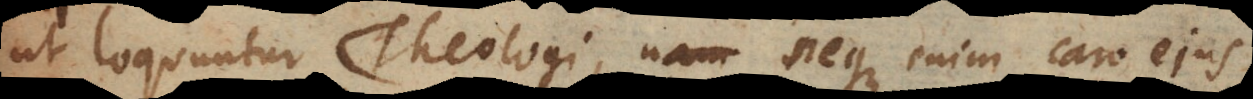
ut loquuntur Theologi, neque enim caro ejus